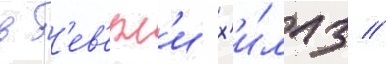
в б'ев'ерл'и х'и́ллз //